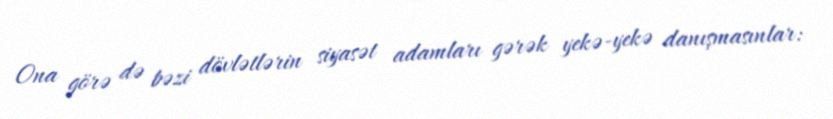
Ona görə də bəzi dövlətlərin siyasət adamları gərək yekə-yekə danışmasınlar: